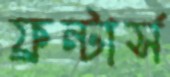
ফ্রন্টার্স